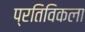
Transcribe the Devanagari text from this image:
प्रतिविकला